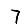
Digit: 7